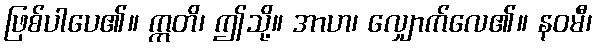
ဖြစ်ပါပေ၏။ ဣတိ၊ ဤသို့။ အာဟ၊ လျှောက်လေ၏။ နဝမီ၊